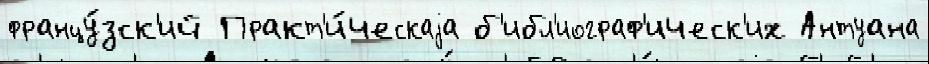
францу́зск'ий Практ'и́ческаjа б'ибл'иограф'ическ'их Антуана